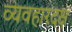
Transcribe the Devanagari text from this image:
व्यवहारदक्ष